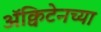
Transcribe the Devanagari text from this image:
ॲक्विटेनच्या